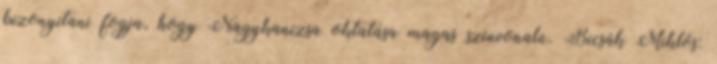
bizonyítani fogja, hogy Nagykanizsa oktatása magas színvonalú. Bicsák Miklós: